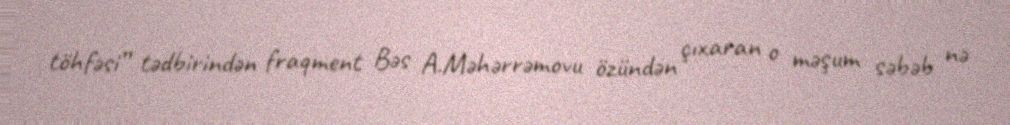
töhfəsi” tədbirindən fraqment Bəs A.Məhərrəmovu özündən çıxaran o məşum səbəb nə